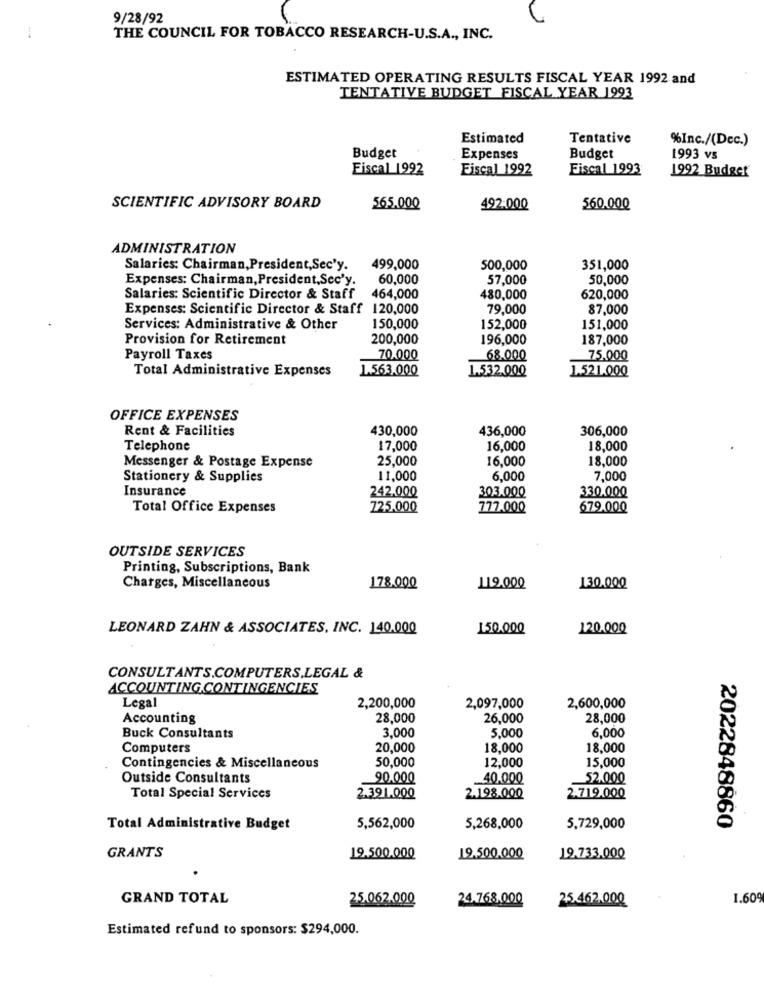
9/28/92
THE COUNCIL FOR TOBACCO RESEARCH-U.S.A ., INC.
ESTIMATED OPERATING RESULTS FISCAL YEAR 1992 and
TENTATIVE BUDGET FISCAL YEAR 1993
Estimated
Tentative
%Inc./(Dec.)
Budget
Expenses
Budget
1993 vs
Fiscal 1992
Fiscal 1992
Fiscal 1993
1992 Budget
SCIENTIFIC ADVISORY BOARD
565.000
492:000
560.000
ADMINISTRATION
Salaries: Chairman, President, Sec'y.
499,000
500,000
351,000
Expenses: Chairman, President,Sec'y.
60,000
57,000
50,000
Salaries: Scientific Director & Staff 464,000
480,000
620,000
Expenses: Scientific Director & Staff 120,000
79,000
87,000
Services: Administrative & Other
150,000
152,000
151,000
Provision for Retirement
200,000
196,000
187,000
Payroll Taxes
70.000
68.000
75,000
Total Administrative Expenses
1.563.000
1.532.000
1.521.000
OFFICE EXPENSES
Rent & Facilities
430,000
436,000
306,000
Telephone
17,000
16,000
18,000
Messenger & Postage Expense
25,000
16,000
18,000
Stationery & Supplies
11,000
6,000
7,000
Insurance
242.000
303.000
330.000
Total Office Expenses
725,000
777.000
679.000
OUTSIDE SERVICES
Printing, Subscriptions, Bank
Charges, Miscellaneous
178.000
119.000
130.000
LEONARD ZAHN & ASSOCIATES, INC. 140.000
150.000
120.000
CONSULTANTS.COMPUTERS,LEGAL &
ACCOUNTING.CONTINGENCIES
Legal
2,200,000
2,097,000
2,600,000
Accounting
28,000
26,000
28,000
3,000
Buck Consultants
5,000
6,000
Computers
20,000
18,000
18,000
50,000
12,000
15,000
Contingencies & Miscellaneous
Outside Consultants
90.000
40.000
52,000
Total Special Services
2.391.000
2.198.000
2.719.000
2022848860
Total Administrative Budget
5,562,000
5,268,000
5,729,000
GRANTS
19.500.000
19.500.000
19.733.000
GRAND TOTAL
25.062.000
24.768.000
25.462.000
1.609
Estimated refund to sponsors: $294,000.